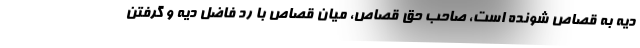
دیه به قصاص شونده است، صاحب حق قصاص، میان قصاص با رد فاضل دیه و گرفتن